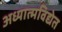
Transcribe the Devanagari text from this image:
अध्यात्मविद्येत